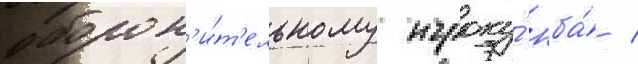
оборон'и́т'ельному игроку́ нба́ /